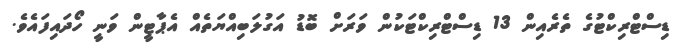
ޑިސްޓްރިކްޓުގެ ތެރެއިން 13 ޑިސްޓްރިކްޓަކުން ވަރަށް ބޮޑު އަގުލަބިއްޔަތެއް އެޕާޓީން ވަނީ ހޯދައިފައެވެ.